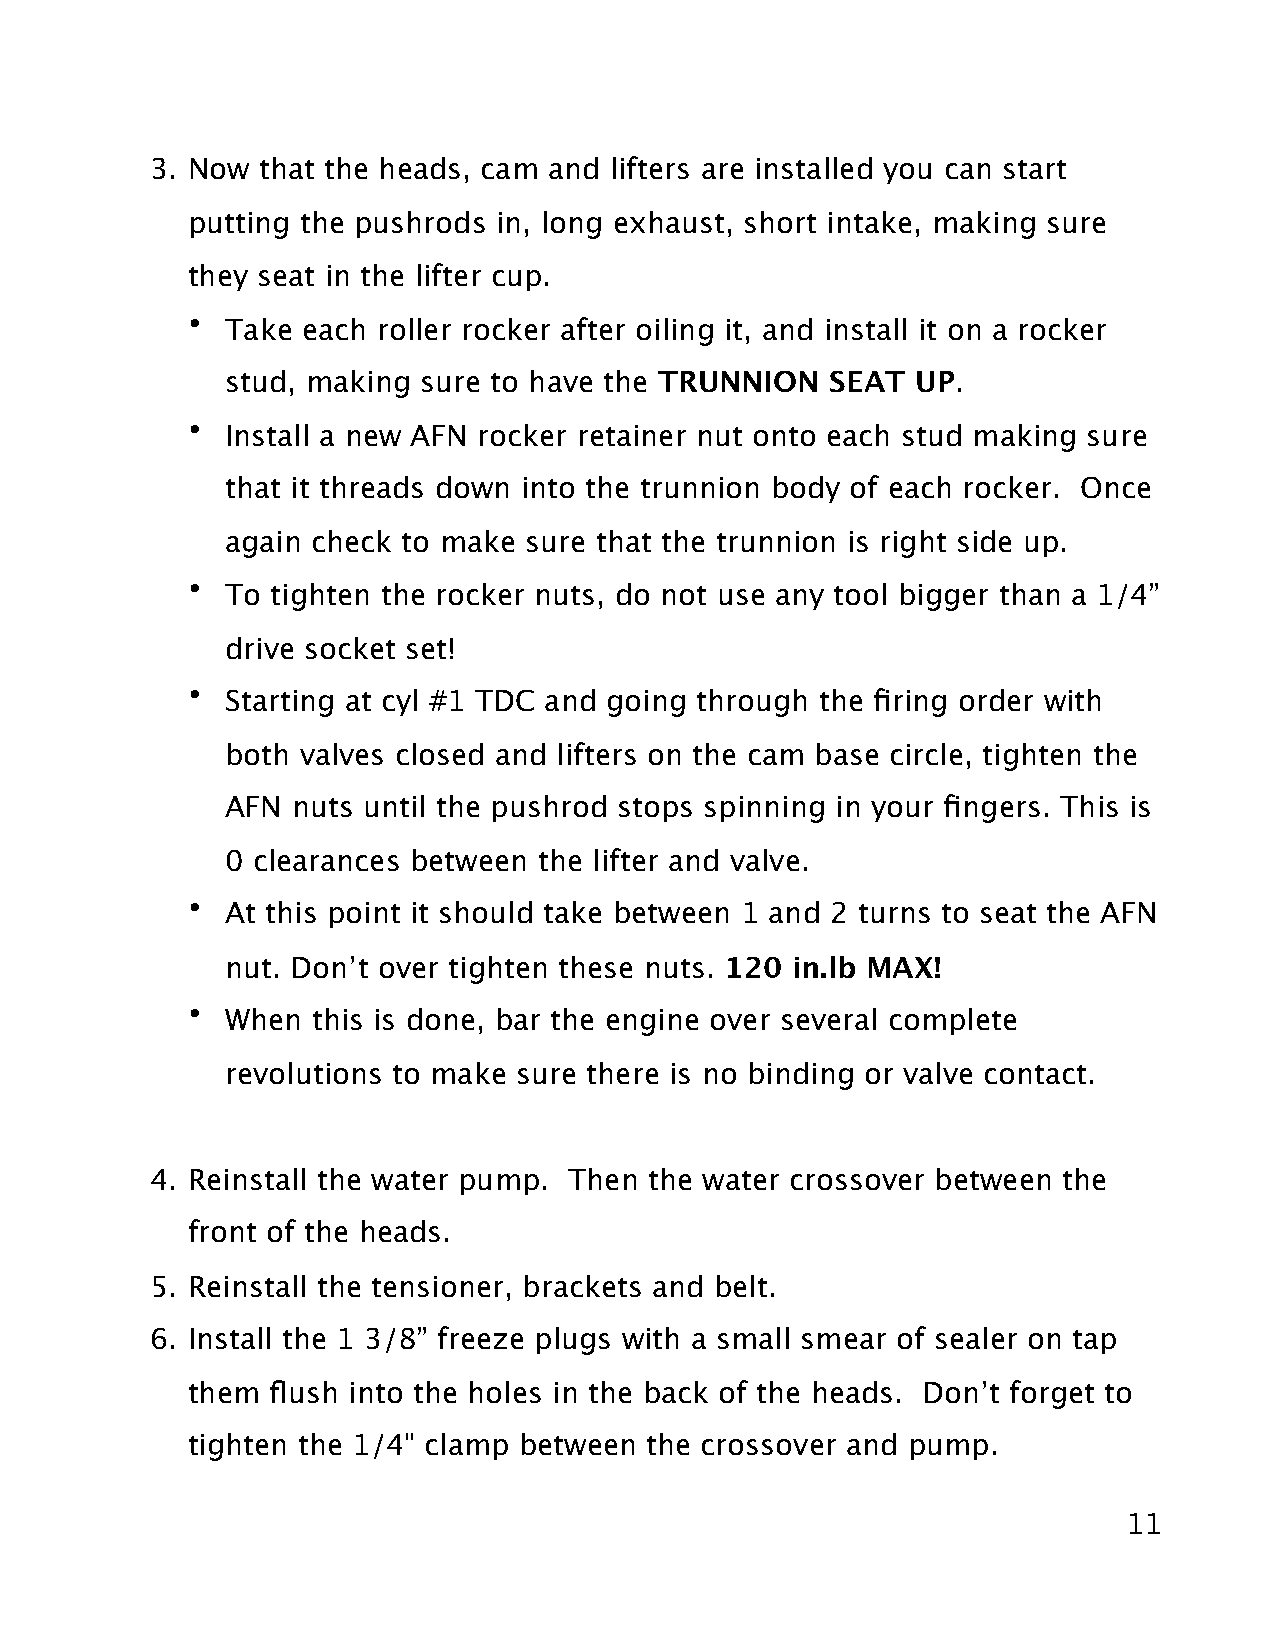
3. Now that the heads, cam and lifters are installed you can start
 putting the pushrods in, long exhaust, short intake, making sure
 they seat in the lifter cup.
 •  Take each roller rocker after oiling it, and install it on a rocker
 stud, making sure to have the TRUNNION  SEAT  UP.
 •  Install a new AFN rocker retainer nut onto each stud making sure
 that it threads down into the trunnion body of each rocker. Once
 again check to make sure that the trunnion is right side up.
 •  To tighten the rocker nuts, do not use any tool bigger than a 1/4”
 drive socket set!
 •  Starting at cyl #1 TDC and going through the firing order with
 both valves closed and lifters on the cam base circle, tighten the
 AFN nuts until the pushrod stops spinning in your fingers. This is
 0 clearances between the lifter and valve.
 •  At this point it should take between 1 and 2 turns to seat the AFN
 nut. Don’t over tighten these nuts. 120 in.lb MAX!
 •  When  this is done, bar the engine over several complete
 revolutions to make sure there is no binding or valve contact.
 4. Reinstall the water pump. Then the water crossover between the
 front of the heads.
 5. Reinstall the tensioner, brackets and belt.
 6. Install the 1 3/8” freeze plugs with a small smear of sealer on tap
 them  flush into the holes in the back of the heads. Don’t forget to
 tighten the 1/4" clamp between the crossover and pump.
 11